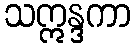
သဣန္ဒကာ